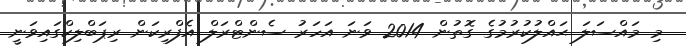
މި މައްސަލަ ޙައްލުކުރުމުގެ ގޮތުން 2014 ވަނަ އަހަރު ސެންޓްރަލް އެފްރިކަން ރިޕަބްލިކްގައިވަނީ